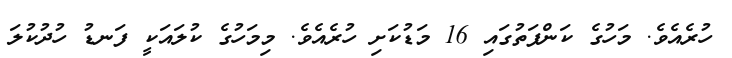
ހުރެއެވެ. މަހުގެ ކަންފަތުގައި 16 މަޑުކަށި ހުރެއެވެ. މިމަހުގެ ކުލައަކީ ފަނޑު ހުދުކުލަ